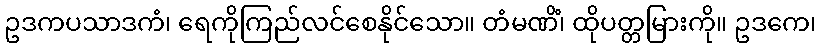
ဥဒကပသာဒကံ၊ ရေကိုကြည်လင်စေနိုင်သော။ တံမဏိံ၊ ထိုပတ္တမြားကို။ ဥဒကေ၊